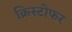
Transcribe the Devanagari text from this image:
क्रिस्‍टोफर